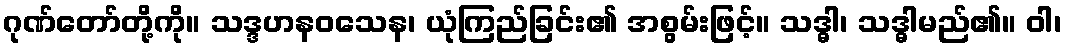
ဂုဏ်တော်တို့ကို။ သဒ္ဒဟနဝသေန၊ ယုံကြည်ခြင်း၏ အစွမ်းဖြင့်။ သဒ္ဓါ၊ သဒ္ဓါမည်၏။ ဝါ၊